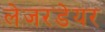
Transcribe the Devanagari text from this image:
लेजरडेयर